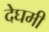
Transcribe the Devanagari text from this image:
देघमी